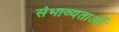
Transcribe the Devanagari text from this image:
संभाव्यताओं